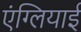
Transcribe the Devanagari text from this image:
एंग्लियाई